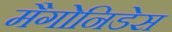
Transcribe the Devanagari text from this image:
मैगोनिडेस